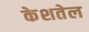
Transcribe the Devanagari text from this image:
केशतेल